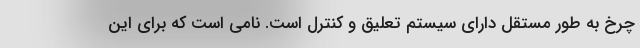
چرخ به طور مستقل دارای سیستم تعلیق و کنترل است. نامی است که برای این